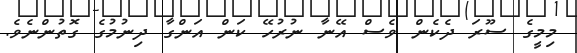
މިމީގެ ސޫރަ ދެކެން ވެސް އޭނާ ނުރުހޭ ކަން އަންގާ ދިނުމުގެ ގޮތުންނެވެ.